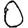
Digit: 0